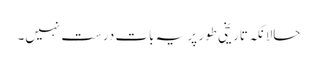
حالانکہ تاریخی طور پر یہ بات درست نہیں۔